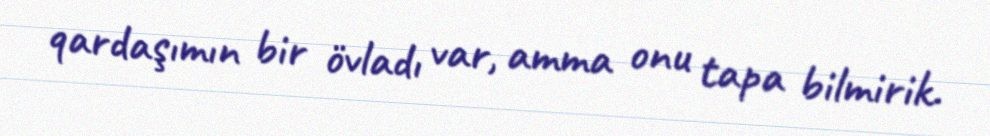
qardaşımın bir övladı var, amma onu tapa bilmirik.